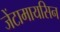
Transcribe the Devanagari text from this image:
जेंटामायसिन